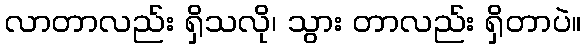
လာတာလည်း ရှိသလို၊ သွား တာလည်း ရှိတာပဲ။